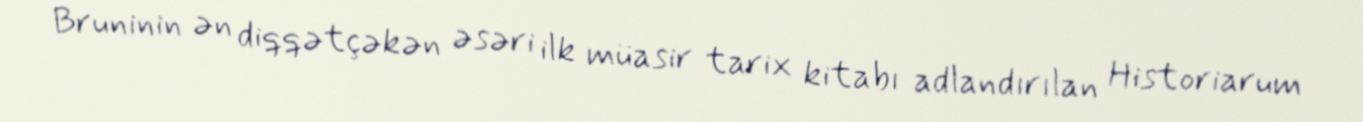
Bruninin ən diqqətçəkən əsəri ilk müasir tarix kitabı adlandırılan Historiarum